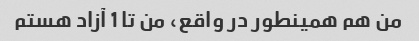
من هم همینطور در واقع، من تا 1 آزاد هستم